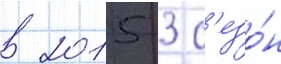
в 2015 3 с'езо́н